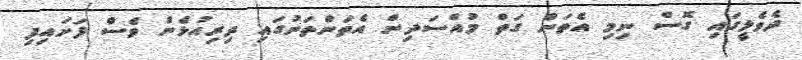
ދެވެލީގައި ގޮސް ނިމި އެތަން ގަތް މުއްސަދިން އެތަންތަނުގައި ދިރިއުޅެން ވެސް ފަށައިފި